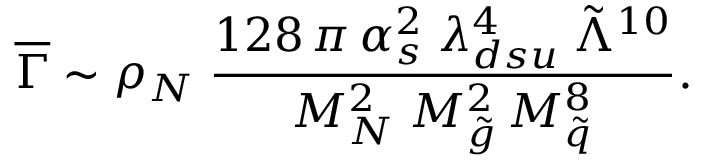
\overline { { { \Gamma } } } \sim \rho _ { N } \; \frac { 1 2 8 \, \pi \, \alpha _ { s } ^ { 2 } \; \lambda _ { d s u } ^ { 4 } \; \tilde { \Lambda } ^ { 1 0 } } { M _ { N } ^ { 2 } \; M _ { \tilde { g } } ^ { 2 } \, M _ { \tilde { q } } ^ { 8 } } .